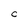
Character: C